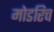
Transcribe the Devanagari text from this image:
मोडरिच